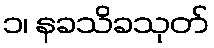
၁၊ နခသိခသုတ်